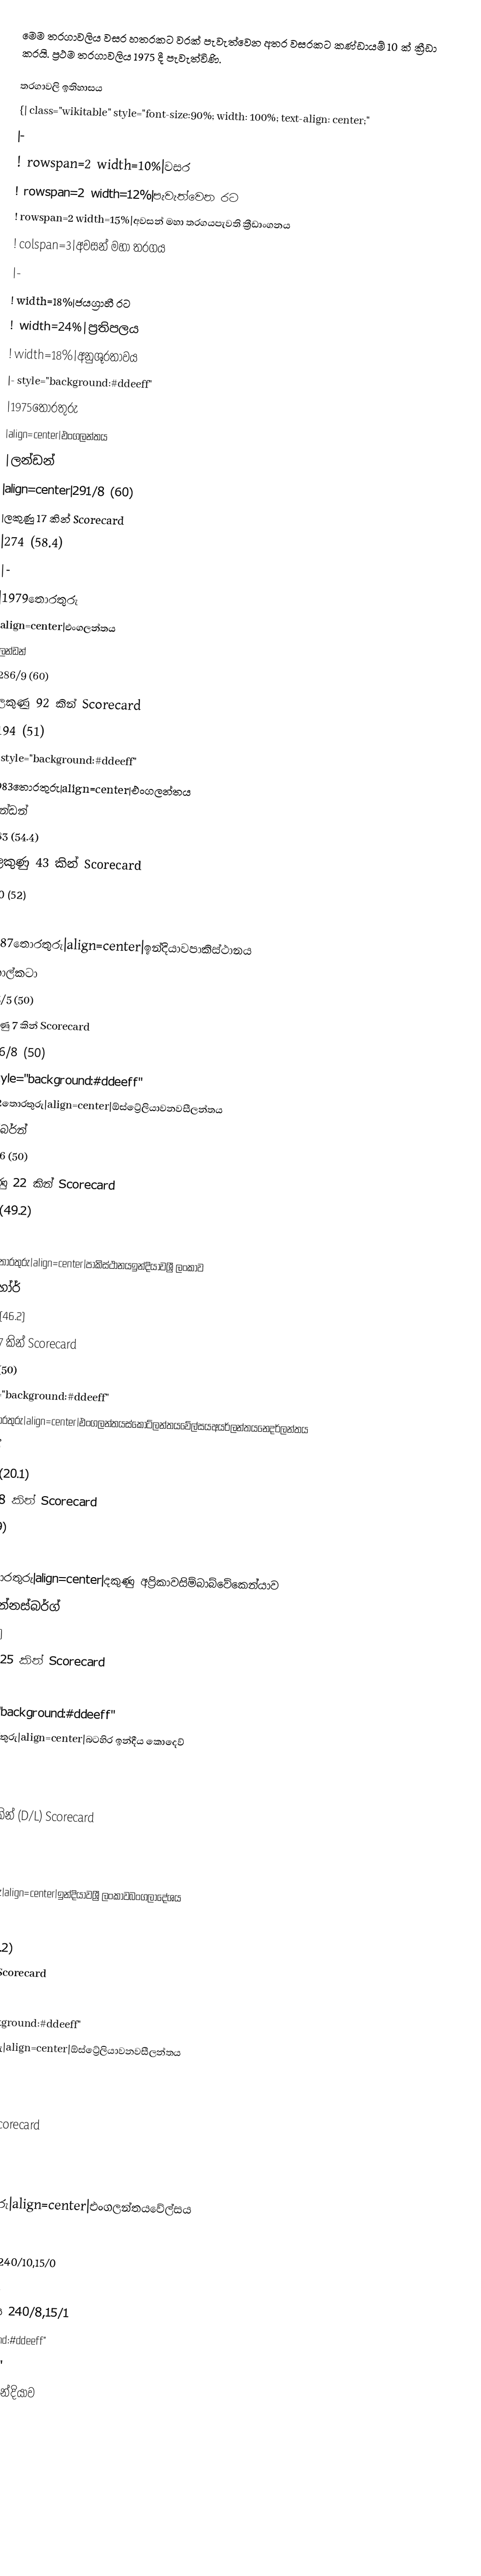
මෙම තරගාවලිය වසර හතරකට වරක් පැවැත්වෙන අතර වසරකට කණ්ඩායම් 10 ක් ක්‍රීඩා කරයි. ප්‍රථම තරගාවලිය 1975 දී පැවැත්විණි.

තරගාවලි ඉතිහාසය
{| class="wikitable" style="font-size:90%; width: 100%; text-align: center;"
|-
! rowspan=2 width=10%|වසර
! rowspan=2 width=12%|පැවැත්වෙන රට
! rowspan=2 width=15%|අවසන් මහා තරගයපැවති ක්‍රීඩාංගනය
! colspan=3|අවසන් මහා තරගය
|-
! width=18%|ජයග්‍රාහී රට
! width=24%|ප්‍රතිපලය
! width=18%|අනුශූරතාවය
|- style="background:#ddeeff"
|1975තොරතුරු
|align=center|එංගලන්තය
|ලන්ඩන්
|align=center|291/8 (60)
|ලකුණු 17 කින් Scorecard
|274 (58.4)
|-
|1979තොරතුරු
|align=center|එංගලන්තය
|ලන්ඩන්
|286/9 (60)
|ලකුණු 92 කින් Scorecard
|194 (51)
|- style="background:#ddeeff"
|1983තොරතුරු|align=center|එංගලන්තය
|ලන්ඩන්
|183 (54.4)
|ලකුණු 43 කින් Scorecard
|140 (52)
|-
|1987තොරතුරු|align=center|ඉන්දියාවපාකිස්ථානය
|කොල්කටා
|253/5 (50)
|ලකුණු 7 කින් Scorecard
|246/8 (50)
|- style="background:#ddeeff"
|1992තොරතුරු|align=center|ඕස්ට්‍රේලියාවනවසීලන්තය
|මෙල්බර්න්
|249/6 (50)
|ලකුණු 22 කින් Scorecard
|227 (49.2)
|-
|1996තොරතුරු|align=center|පාකිස්ථානයඉන්දියාවශ්‍රී ලංකාව
|ලාහෝර්
|245/3 (46.2)
|කඩුලු 7 කින් Scorecard
|241/7 (50)
|- style="background:#ddeeff"
|1999තොරතුරු|align=center|එංගලන්තයස්කොට්ලන්තයවේල්සයඅයර්ලන්තයනෙදර්ලන්තය
|ලන්ඩන්
|133/2 (20.1)
|කඩුලු 8 කින් Scorecard
|132 (39)
|-
|2003තොරතුරු|align=center|දකුණු අප්‍රිකාවසිම්බාබ්වේකෙන්යාව
|ජොහැන්නස්බර්ග්
|359/2 (50)
|ලකුණු 125 කින් Scorecard
|234 (39.2)
|- style="background:#ddeeff"
|2007තොරතුරු|align=center|බටහිර ඉන්දීය කොදෙව්
|බ්‍රිජ්ටවුන්
|281/4 (38)
|ලකුණු 53 කින් (D/L) Scorecard
|215/8 (36)
|-
|2011තොරතුරු|align=center|ඉන්දියාවශ්‍රී ලංකාවබංගලාදේශය
|මුම්බායි
|277/4 (48.2)
|කඩුලු 6 කින් Scorecard
|274/6 (50)
|- style="background:#ddeeff"
|2015තොරතුරු|align=center|ඕස්ට්‍රේලියාවනවසීලන්තය
|මෙල්බර්න්
|186/3 (33.1)
|කඩුලු 7 කින්Scorecard
|183 (45)
|-
|2019තොරතුරු|align=center|එංගලන්තයවේල්සය
|ලන්ඩන්
|🏴󠁧󠁢󠁥󠁮󠁧󠁿එංගලන්තය 240/10,15/0
|තරඟය සම විය
|🇳🇿නවසීලන්තය  240/8,15/1
|- style="background:#ddeeff"
|2023තොරතුරු''
|align=center|ඉන්දියාව
|කොල්කටා
|
|
|

මුලාශ්‍ර